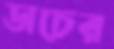
ডাচের